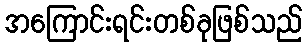
အကြောင်းရင်းတစ်ခုဖြစ်သည်